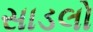
સાડલો